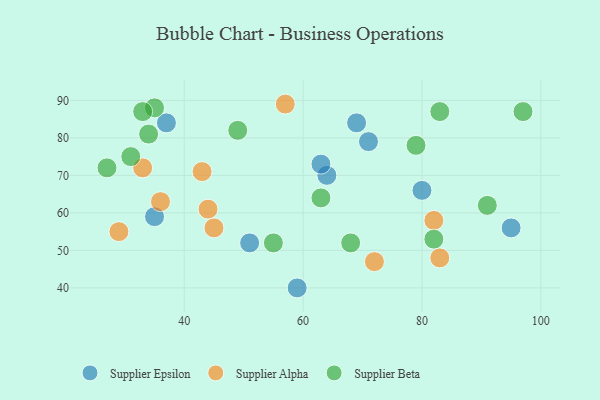
{"axis": {"x": "GDP", "y": "Life Expectancy"}, "legend": ["Supplier Alpha", "Supplier Beta", "Supplier Epsilon"], "data": [{"x": "35", "y": 59, "type": "Supplier Epsilon"}, {"x": "59", "y": 40, "type": "Supplier Epsilon"}, {"x": "69", "y": 84, "type": "Supplier Epsilon"}, {"x": "71", "y": 79, "type": "Supplier Epsilon"}, {"x": "80", "y": 66, "type": "Supplier Epsilon"}, {"x": "95", "y": 56, "type": "Supplier Epsilon"}, {"x": "37", "y": 84, "type": "Supplier Epsilon"}, {"x": "51", "y": 52, "type": "Supplier Epsilon"}, {"x": "64", "y": 70, "type": "Supplier Epsilon"}, {"x": "63", "y": 73, "type": "Supplier Epsilon"}, {"x": "83", "y": 48, "type": "Supplier Alpha"}, {"x": "44", "y": 61, "type": "Supplier Alpha"}, {"x": "43", "y": 71, "type": "Supplier Alpha"}, {"x": "29", "y": 55, "type": "Supplier Alpha"}, {"x": "72", "y": 47, "type": "Supplier Alpha"}, {"x": "82", "y": 58, "type": "Supplier Alpha"}, {"x": "45", "y": 56, "type": "Supplier Alpha"}, {"x": "57", "y": 89, "type": "Supplier Alpha"}, {"x": "36", "y": 63, "type": "Supplier Alpha"}, {"x": "33", "y": 72, "type": "Supplier Alpha"}, {"x": "35", "y": 88, "type": "Supplier Beta"}, {"x": "68", "y": 52, "type": "Supplier Beta"}, {"x": "83", "y": 87, "type": "Supplier Beta"}, {"x": "82", "y": 53, "type": "Supplier Beta"}, {"x": "79", "y": 78, "type": "Supplier Beta"}, {"x": "63", "y": 64, "type": "Supplier Beta"}, {"x": "91", "y": 62, "type": "Supplier Beta"}, {"x": "33", "y": 87, "type": "Supplier Beta"}, {"x": "34", "y": 81, "type": "Supplier Beta"}, {"x": "27", "y": 72, "type": "Supplier Beta"}, {"x": "55", "y": 52, "type": "Supplier Beta"}, {"x": "97", "y": 87, "type": "Supplier Beta"}, {"x": "31", "y": 75, "type": "Supplier Beta"}, {"x": "49", "y": 82, "type": "Supplier Beta"}]}